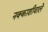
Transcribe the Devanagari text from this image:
नक्काशीवाले